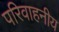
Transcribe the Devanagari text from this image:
परिवाहनीय